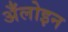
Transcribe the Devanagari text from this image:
अँलोइन